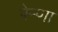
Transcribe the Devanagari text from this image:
पेन्णा